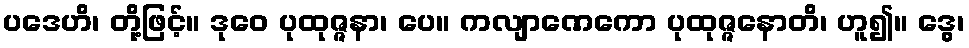
ပဒေဟိ၊ တို့ဖြင့်။ ဒုဝေ ပုထုဇ္ဇနာ၊ ပေ။ ကလျာဏေကော ပုထုဇ္ဇနောတိ၊ ဟူ၍။ ဒွေ၊